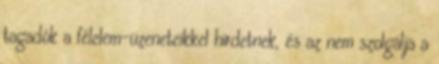
tagadók a félelem-üzeneteikkel hirdetnek, és az nem szolgálja a